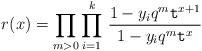
LaTeX: \begin{align*}r(x)= \prod_{m>0}\prod_{i=1}^k \,\frac{1-y_i q^m \texttt{t}^{x+1}}{1-y_i q^m \texttt{t}^{x}}\end{align*}